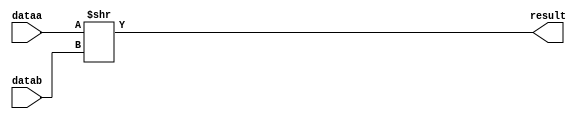
module SHIFT_RIGHT (dataa, datab, result);
	parameter word_size = 8;
	input [word_size-1:0] dataa, datab;
	output [word_size-1:0] result;
	
	assign result = dataa>>datab;

endmodule